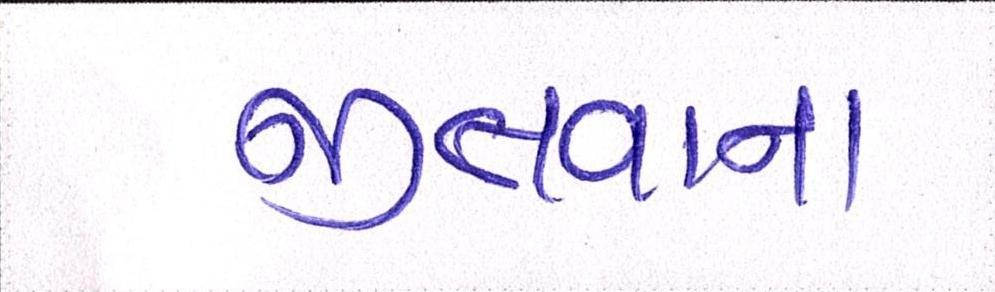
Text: જીતવાના